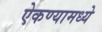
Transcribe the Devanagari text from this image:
ऐकण्यामध्ये